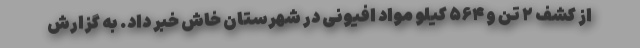
از کشف ۲ تن و ۵۶۴ کیلو مواد افیونی در شهرستان خاش خبر داد. به گزارش